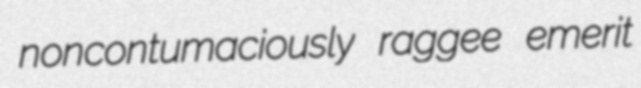
noncontumaciously raggee emerit